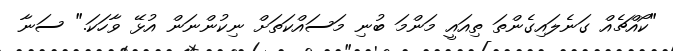
"ކޯއްޗެއް ގަނެލައިގެންތަ ތިއައީ މަންމަ ބުނި މަސައްކަތަށް ނިކުންނަން އުޅޭ ވާހަކަ." ސަނާ